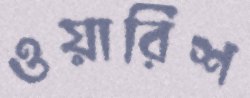
ওয়ারিশ